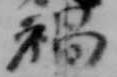
禍